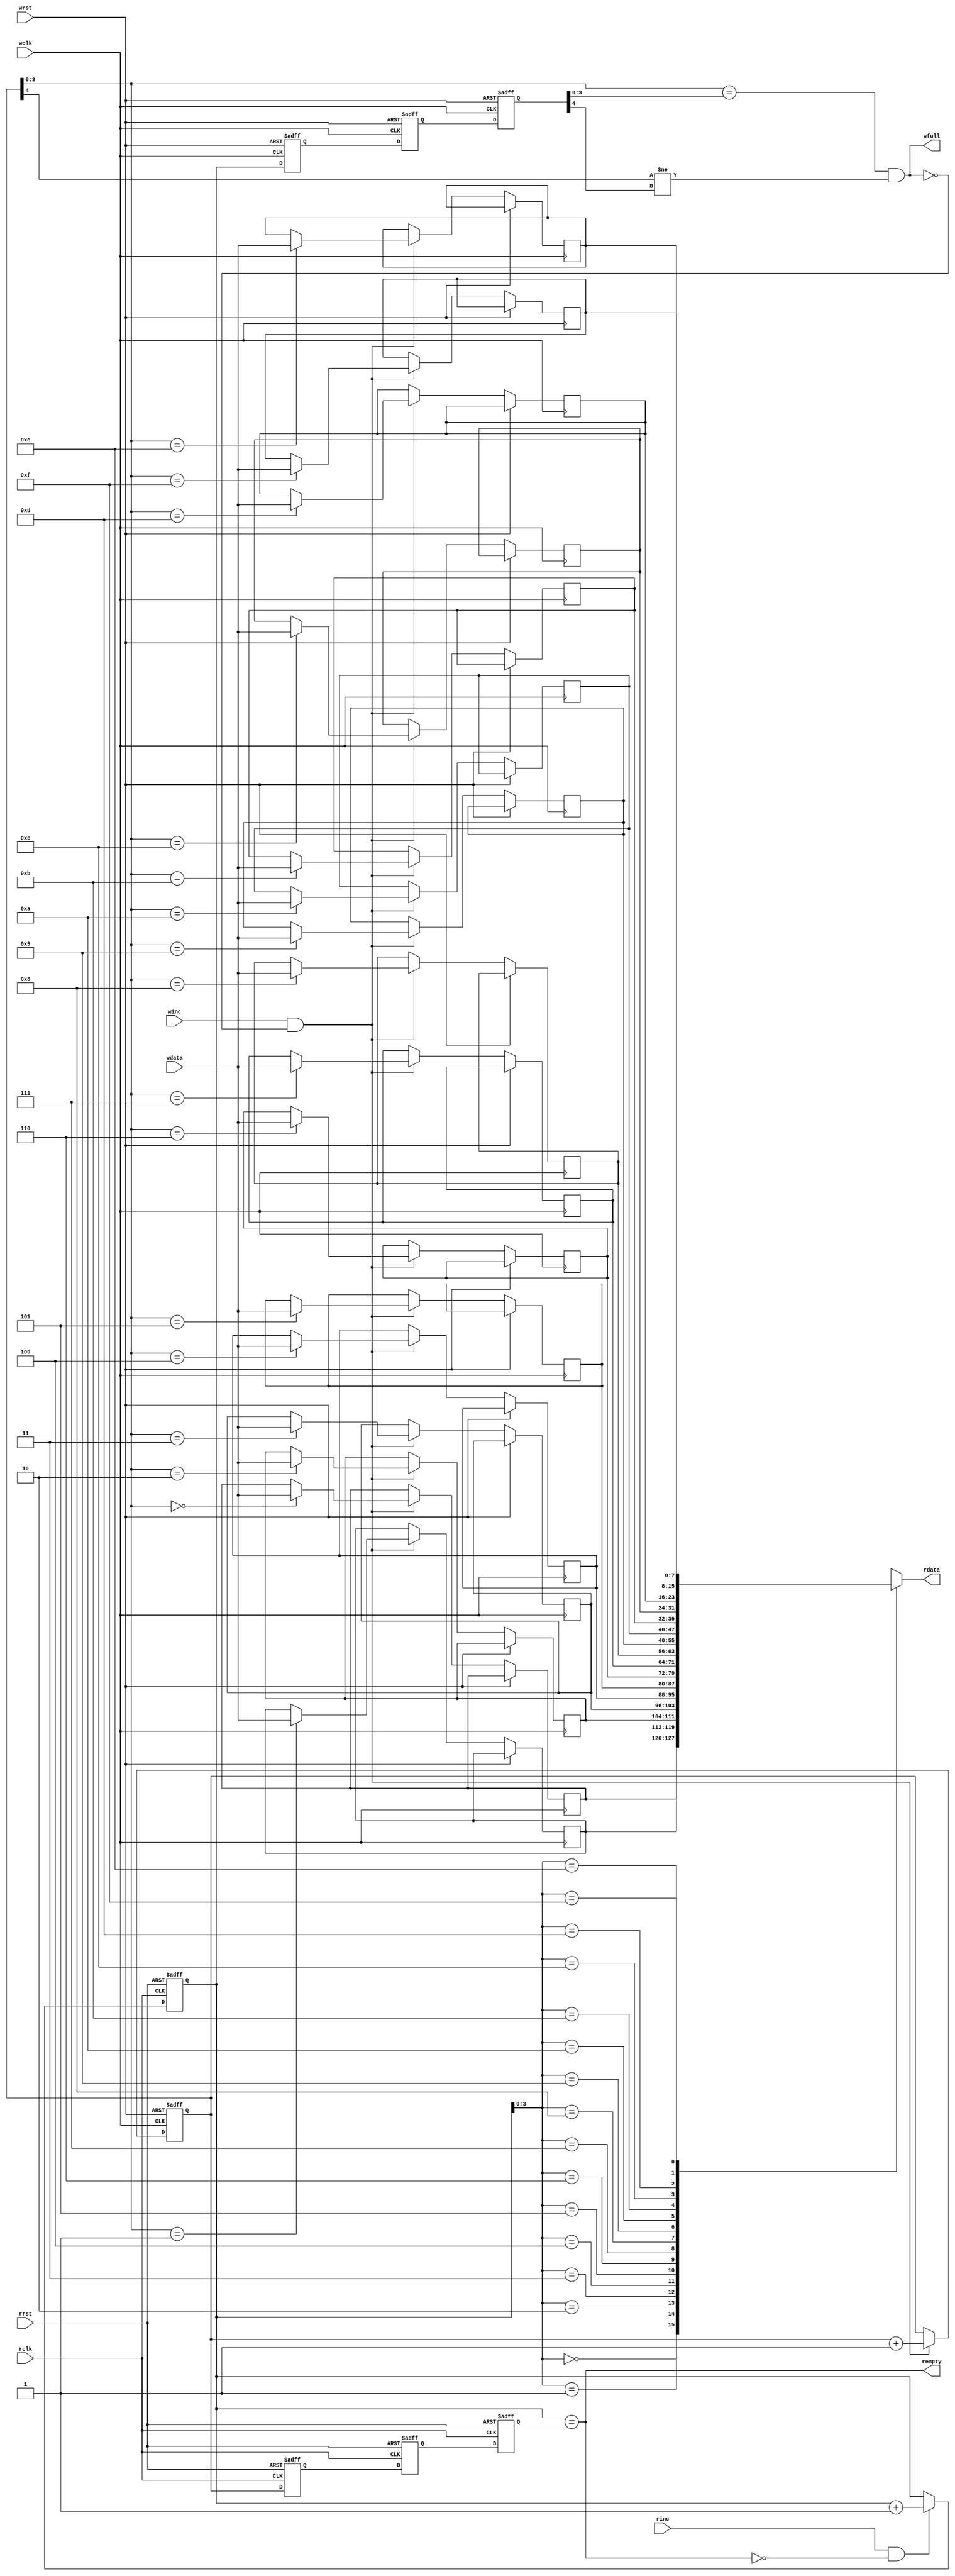
module beh_fifo #(
    parameter DSIZE = 8,
    parameter ASIZE = 4
    )(
    output [DSIZE-1:0] rdata,
    output             wfull,
    output             rempty,
    input  [DSIZE-1:0] wdata,
    input              winc, wclk, wrst,
    input              rinc, rclk, rrst
    );

localparam MEMDEPTH = 1<<ASIZE;
reg [DSIZE-1:0] ex_mem [0:MEMDEPTH-1];

reg [ASIZE:0] wptr, wrptr1, wrptr2, wrptr3;
reg [ASIZE:0] rptr, rwptr1, rwptr2, rwptr3;

always @(posedge wclk or posedge wrst) begin
    if (wrst) begin
        wptr <= 0;
    end
    else if (winc && !wfull) begin
        ex_mem[wptr[ASIZE-1:0]] <= wdata;
        wptr <= wptr+1;
    end
end

always @(posedge wclk or posedge wrst) begin
    if (wrst) begin
        {wrptr3, wrptr2, wrptr1} <= 0;
    end
    else begin
        {wrptr3, wrptr2, wrptr1} <= {wrptr2, wrptr1, rptr};
    end
end

always @(posedge rclk or posedge rrst) begin
    if (rrst) begin
        rptr <= 0;
    end
    else if (rinc && !rempty) begin
        rptr <= rptr+1;
    end
end

always @(posedge rclk or posedge rrst) begin
    if (rrst) begin
        {rwptr3, rwptr2, rwptr1} <= 0;
    end
    else begin
        {rwptr3, rwptr2, rwptr1} <= {rwptr2, rwptr1, wptr};
    end
end

assign rdata = ex_mem[rptr[ASIZE-1:0]];
assign rempty = (rptr == rwptr3);
assign wfull = ((wptr[ASIZE-1:0] == wrptr3[ASIZE-1:0]) &&
                (wptr[ASIZE]     != wrptr3[ASIZE]));

endmodule